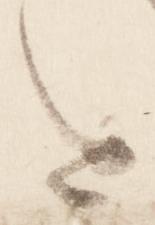
を